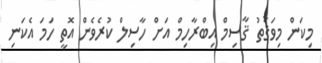
މިކަން މިވަޤުތު ޤާސިމް އިބްރާހިމް އަށް ހާސިލް ކުރެވެން އޮތީ ހަމަ އެކަނި